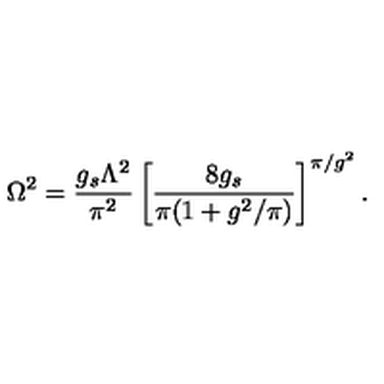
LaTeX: \Omega ^ { 2 } = \frac { g _ { s } \Lambda ^ { 2 } } { \pi ^ { 2 } } \left[ \frac { 8 g _ { s } } { \pi ( 1 + g ^ { 2 } / \pi ) } \right] ^ { \pi / g ^ { 2 } } .